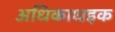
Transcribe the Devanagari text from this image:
अधिकाधइक